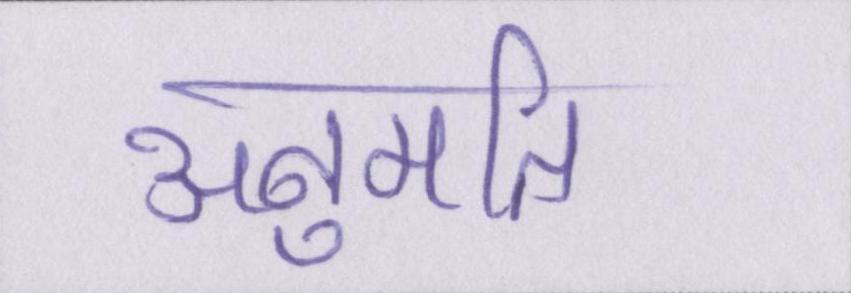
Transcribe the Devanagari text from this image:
अनुमति